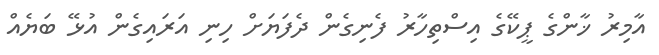
އާމިރު ޚާންގެ ޕީކޭގެ އިސްތިހާރު ފެނިގެން ދެފަޔަށް ހިނި އަރައިގެން އުޅޭ ބަޔެއް